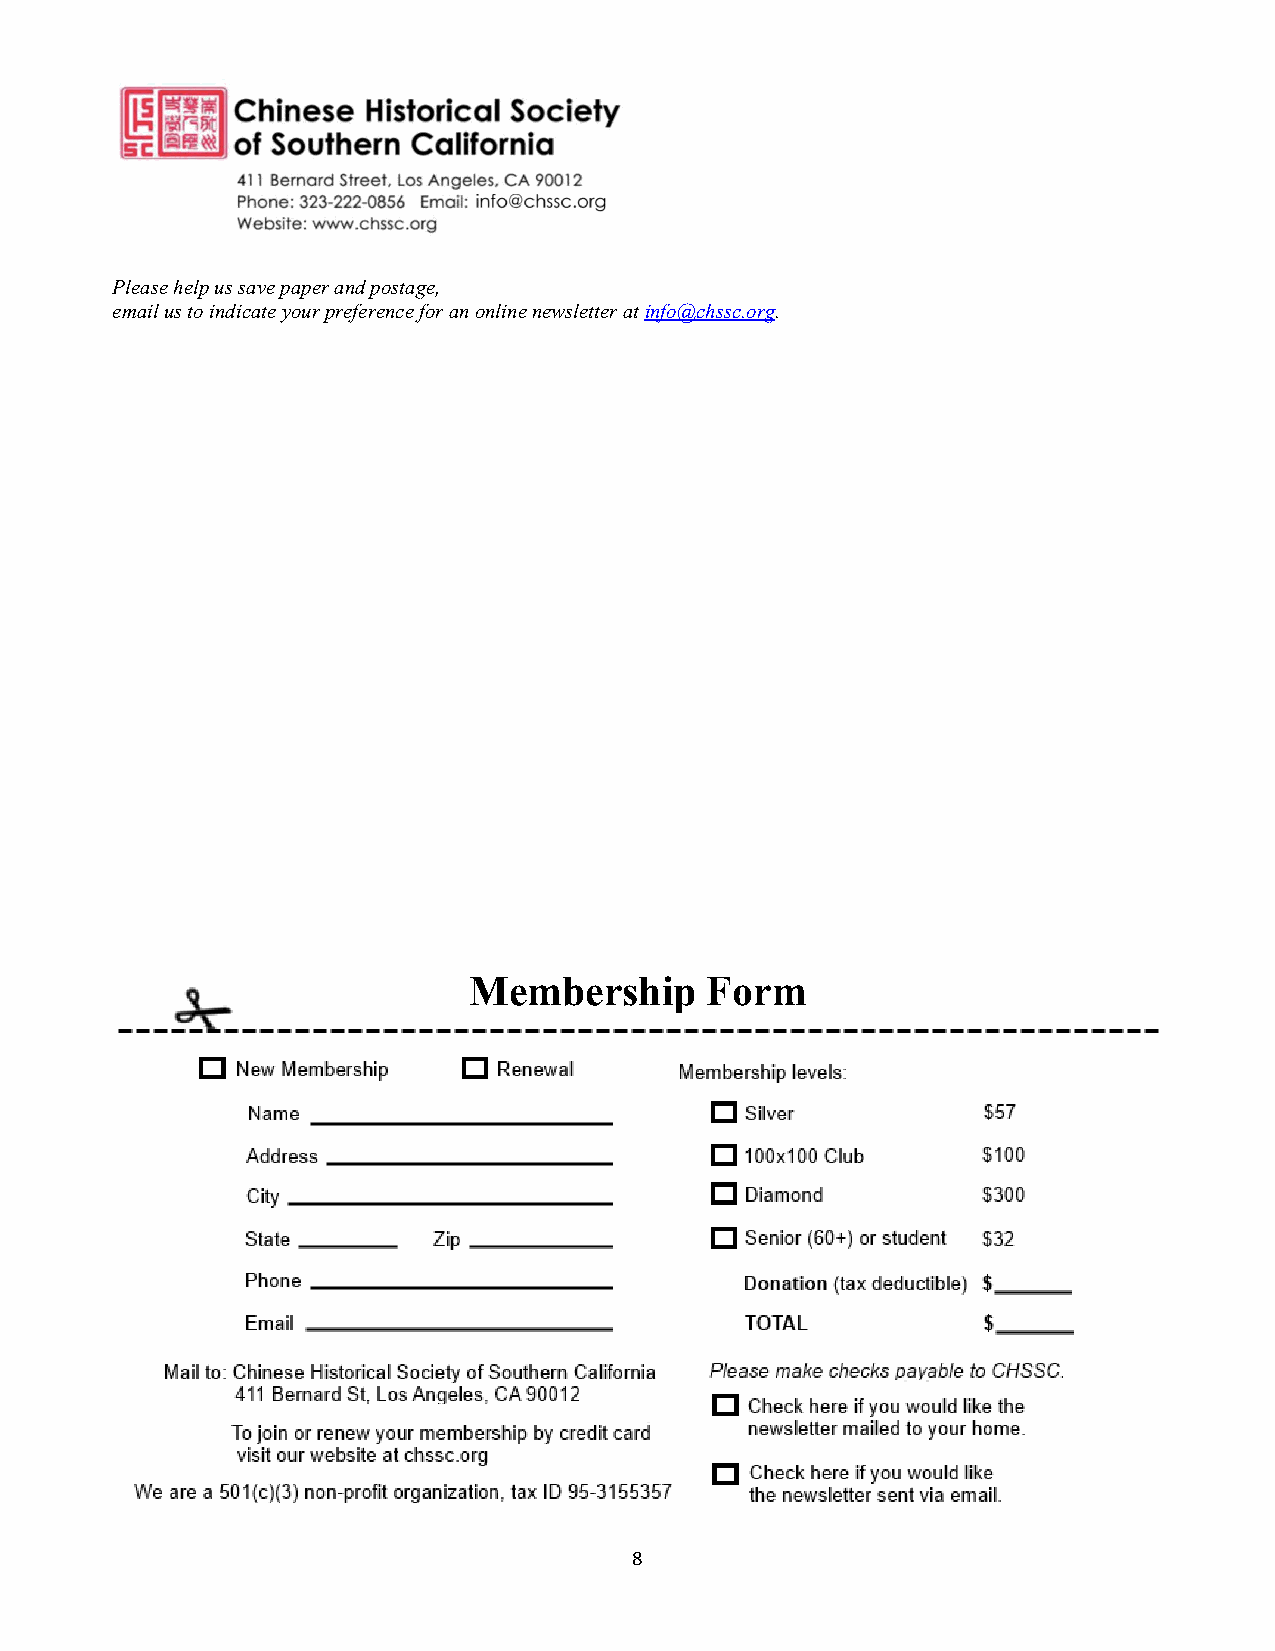
Please help us save paper and postage,
 email us to indicate your preference for an online newsletter at info@chssc.org.
 Membership      Form
 8